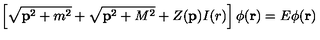
\left[ \sqrt { { \bf p } ^ { 2 } + m ^ { 2 } } + \sqrt { { \bf p } ^ { 2 } + M ^ { 2 } } + Z ( { \bf p } ) I ( r ) \right] \phi ( { \bf r } ) = E \phi ( { \bf r } )